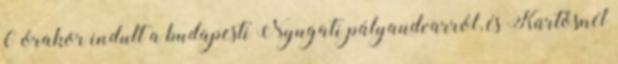
6 órakor indult a budapesti Nyugati pályaudvarról, és Kürtösnél